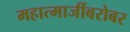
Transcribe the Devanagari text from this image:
महात्माजींबरोबर